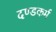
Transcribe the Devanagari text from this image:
दण्डकर्म